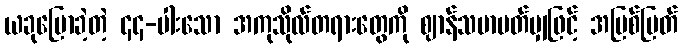
ယခုပြောခဲ့တဲ့ ၄၄-ပါးသော အကုသိုလ်တရားတွေကို ဈာန်သမာပတ်မျှဖြင့် အမြစ်ပြတ်